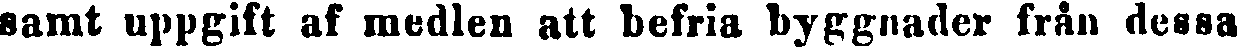
samt uppgift af medlen att befria byggnader från dessa